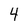
Character: 4